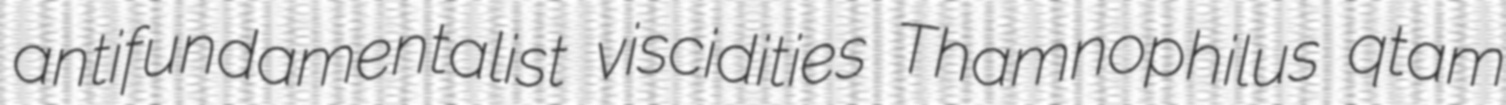
antifundamentalist viscidities Thamnophilus qtam